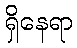
ရှိနေရာ